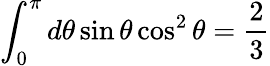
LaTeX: \int_{0}^{\pi}d\theta\sin\theta\cos^{2}\theta=\frac{2}{3}